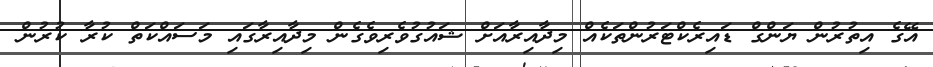
އޭގެ އިތުރުން ޔަންގް ޑައިރެކްޓަރުންތަކެއް މިދާއިރާއަށް ޝައުގުވެރިވެގެން މިދާއިރާގައި މަސައްކަތް ކުރާ ކުރުން